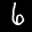
Label: 6